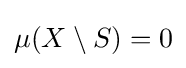
\mu (X\setminus S)=0